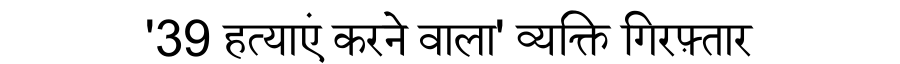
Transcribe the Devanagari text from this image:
'39 हत्याएं करने वाला' व्यक्ति गिरफ़्तार